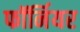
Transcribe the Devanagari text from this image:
फॉर्नियर